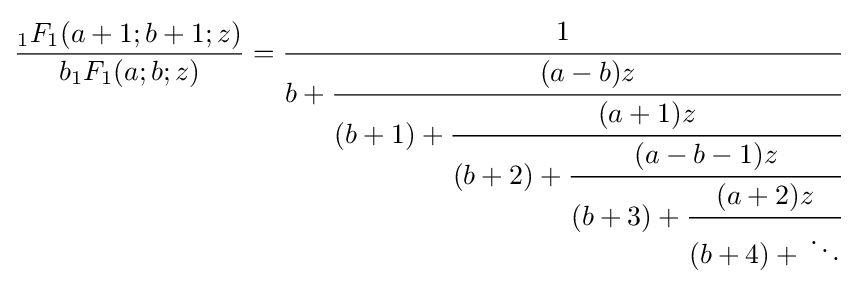
{\frac {{}_{1}F_{1}(a+1;b+1;z)}{b{}_{1}F_{1}(a;b;z)}}={\cfrac {1}{b+{\cfrac {(a-b)z}{(b+1)+{\cfrac {(a+1)z}{(b+2)+{\cfrac {(a-b-1)z}{(b+3)+{\cfrac {(a+2)z}{(b+4)+{}\ddots }}}}}}}}}}